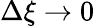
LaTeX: \Delta\xi\to 0